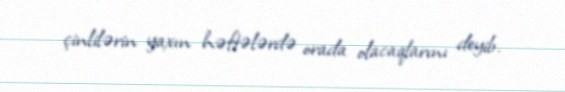
çinlilərin yaxın həftələrdə orada olacaqlarını deyib.